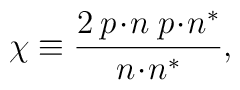
\chi \equiv \frac {2\:p\!\cdot\! n\; p\!\cdot\! n^{\ast}}{n\!\cdot\! n^{\ast}},